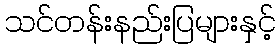
သင်တန်းနည်းပြများနှင့်